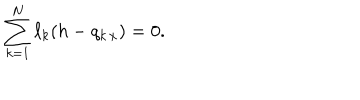
\sum _ { k = 1 } ^ { N } \ell _ { k } ( h - q _ { k \, x } ) = 0 .